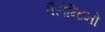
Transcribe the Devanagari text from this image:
वैलेन्टिनो